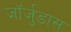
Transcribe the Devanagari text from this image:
जॉर्जुडास